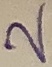
Text: 2